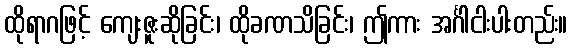
ထိုရာဂဖြင့် ကျေးဇူးဆိုခြင်း၊ ထိုခဏသိခြင်း၊ ဤကား အင်္ဂါငါးပါးတည်း။